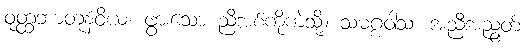
ဝုတ္ထဘာတူနံဝိယ၊ ဖွားသော ညီအစ်ကိုကဲ့သို့။ သမဂ္ဂဝါသံ၊ အညီအညွတ်